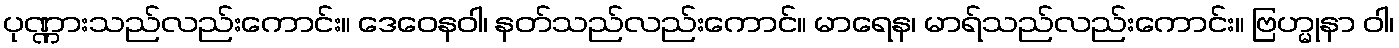
ပုဏ္ဏားသည်လည်းကောင်း။ ဒေဝေနဝါ၊ နတ်သည်လည်းကောင်။ မာရေန၊ မာရ်သည်လည်းကောင်း။ ဗြဟ္မုနာ ဝါ၊